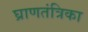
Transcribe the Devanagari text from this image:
घ्राणतंत्रिका